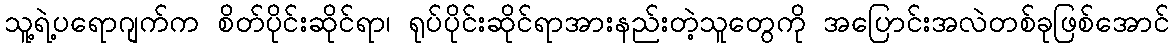
သူ့ရဲ့ပရောဂျက်က စိတ်ပိုင်းဆိုင်ရာ၊ ရုပ်ပိုင်းဆိုင်ရာအားနည်းတဲ့သူတွေကို အပြောင်းအလဲတစ်ခုဖြစ်အောင်